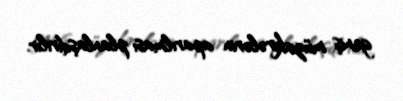
geniş müzakirələrin aparılması planlaşdırılır.